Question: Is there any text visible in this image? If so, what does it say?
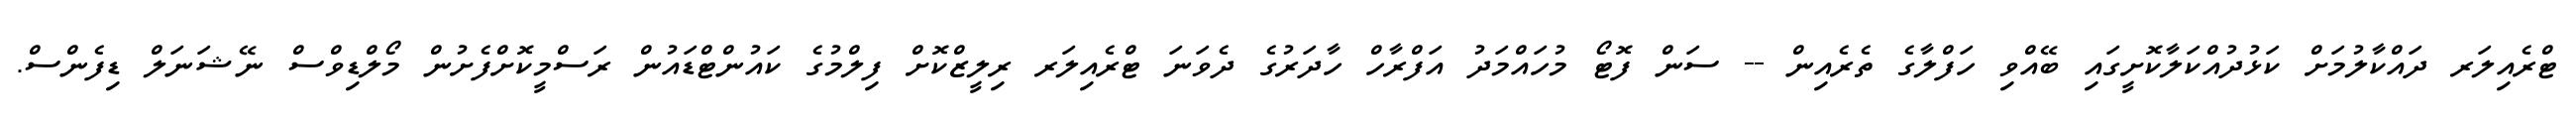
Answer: ޓްރެއިލަރ ދައްކާލުމަށް ކަޅުދުއްކަލާކޮށީގައި ބޭއްވި ހަފްލާގެ ތެރެއިން -- ސަން ފޮޓޯ މުހައްމަދު އަފްރާހް ހާދަރުގެ ދެވަނަ ޓްރެއިލަރ ރިލީޒްކޮށް ފިލްމުގެ ކައުންޓްޑައުން ރަސްމީކޮށްފެށުން މޯލްޑިވްސް ނޭޝަނަލް ޑިފެންސް.